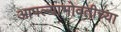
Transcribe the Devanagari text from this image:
आपल्याभोवतीच्या